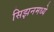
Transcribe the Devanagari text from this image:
सिझनमध्ये